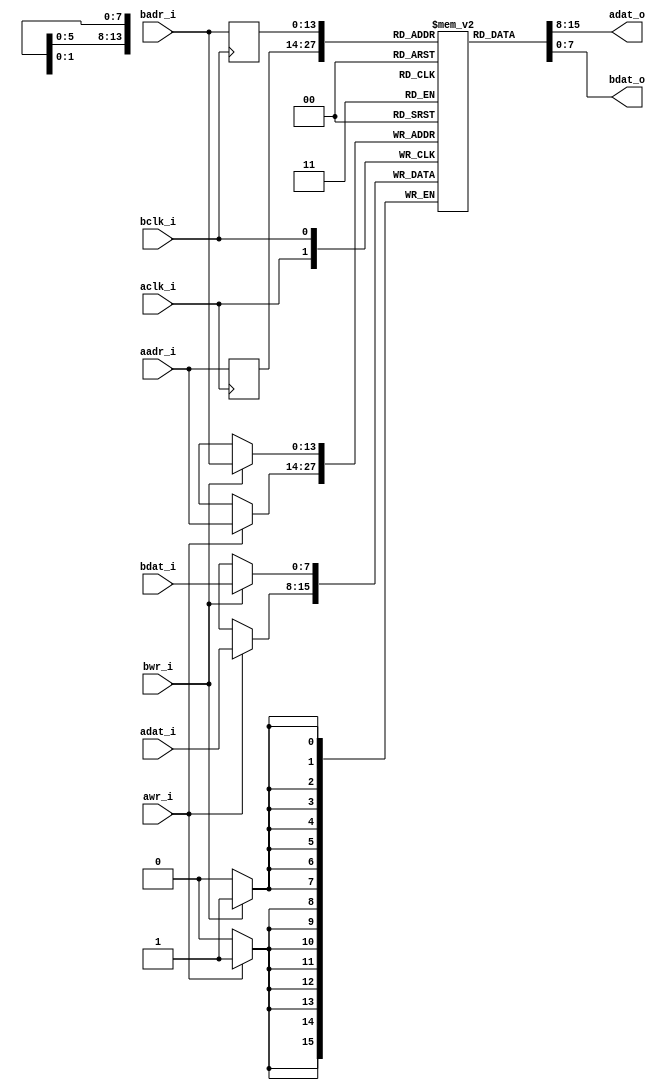
module altor32_ram_dp
#(
    parameter               WIDTH = 8,
    parameter               SIZE = 14
)
(
    input                   aclk_i /*verilator public*/,
    output [(WIDTH - 1):0]  adat_o /*verilator public*/,
    input [(WIDTH - 1):0]   adat_i /*verilator public*/,
    input [(SIZE - 1):0]    aadr_i /*verilator public*/,
    input                   awr_i /*verilator public*/,

    input                   bclk_i /*verilator public*/,
    output [(WIDTH - 1):0]  bdat_o /*verilator public*/,
    input [(WIDTH - 1):0]   bdat_i /*verilator public*/,
    input [(SIZE - 1):0]    badr_i /*verilator public*/,
    input                   bwr_i /*verilator public*/
);

//-----------------------------------------------------------------
// Registers
//-----------------------------------------------------------------
/* verilator lint_off MULTIDRIVEN */
reg [(WIDTH - 1):0]     ram [((2<< (SIZE-1)) - 1):0] /*verilator public*/;
/* verilator lint_on MULTIDRIVEN */

reg [(SIZE - 1):0]      rd_addr_a_q;
reg [(SIZE - 1):0]      rd_addr_b_q;

//-----------------------------------------------------------------
// Processes
//-----------------------------------------------------------------
always @ (posedge aclk_i)
begin
    if (awr_i == 1'b1)
        ram[aadr_i] <= adat_i;
    rd_addr_a_q <= aadr_i;
end
always @ (posedge bclk_i)
begin
    if (bwr_i == 1'b1)
        ram[badr_i] <= bdat_i;
    rd_addr_b_q <= badr_i;
end

//-------------------------------------------------------------------
// Combinatorial
//-------------------------------------------------------------------
assign adat_o = ram[rd_addr_a_q];
assign bdat_o = ram[rd_addr_b_q];

//-----------------------------------------------------------------
// Init Memory
//-----------------------------------------------------------------
`ifdef ALTOR32_CLEAR_RAM
    integer i;
    initial 
    begin     
        for (i=0;i<((2<< (SIZE-1)) - 1);i=i+1)
        begin
            ram[i] = 0;
        end
    end
`endif

endmodule